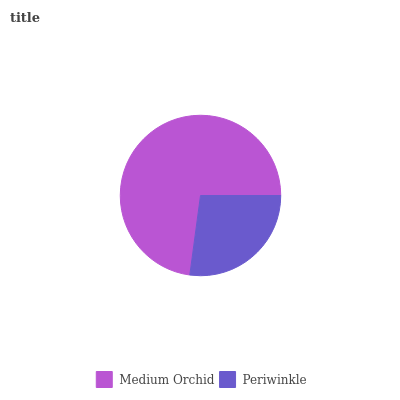
| Medium Orchid | Periwinkle |
 | --- | --- |
 | 72.9% | 27.1% |